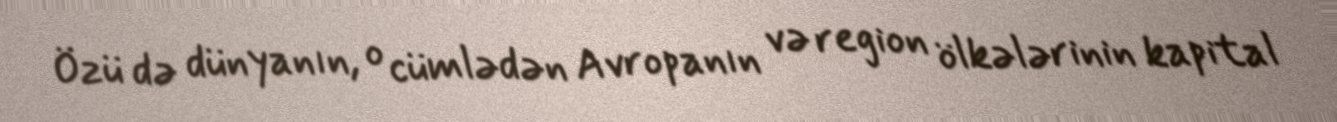
Özü də dünyanın, o cümlədən Avropanın və region ölkələrinin kapital